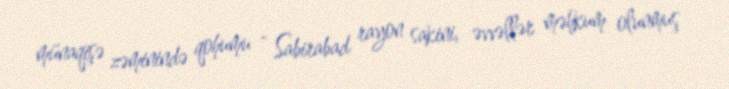
münaqişə zəminində qohumu - Sabirabad rayon sakini, əvvəllər məhkum olunmuş